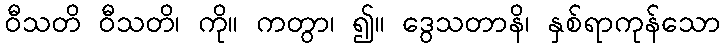
ဝီသတိ ဝီသတိ၊ ကို။ ကတွာ၊ ၍။ ဒွေသတာနိ၊ နှစ်ရာကုန်သော